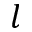
l